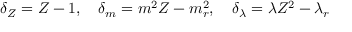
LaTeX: \delta _ { Z } = Z - 1 , \quad \delta _ { m } = m ^ { 2 } Z - m _ { r } ^ { 2 } , \quad \delta _ { \lambda } = \lambda Z ^ { 2 } - \lambda _ { r }